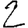
Digit: 2